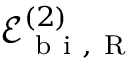
\mathcal { E } _ { \mathrm { ~ b ~ i ~ } , \mathrm { ~ R ~ } } ^ { ( 2 ) }